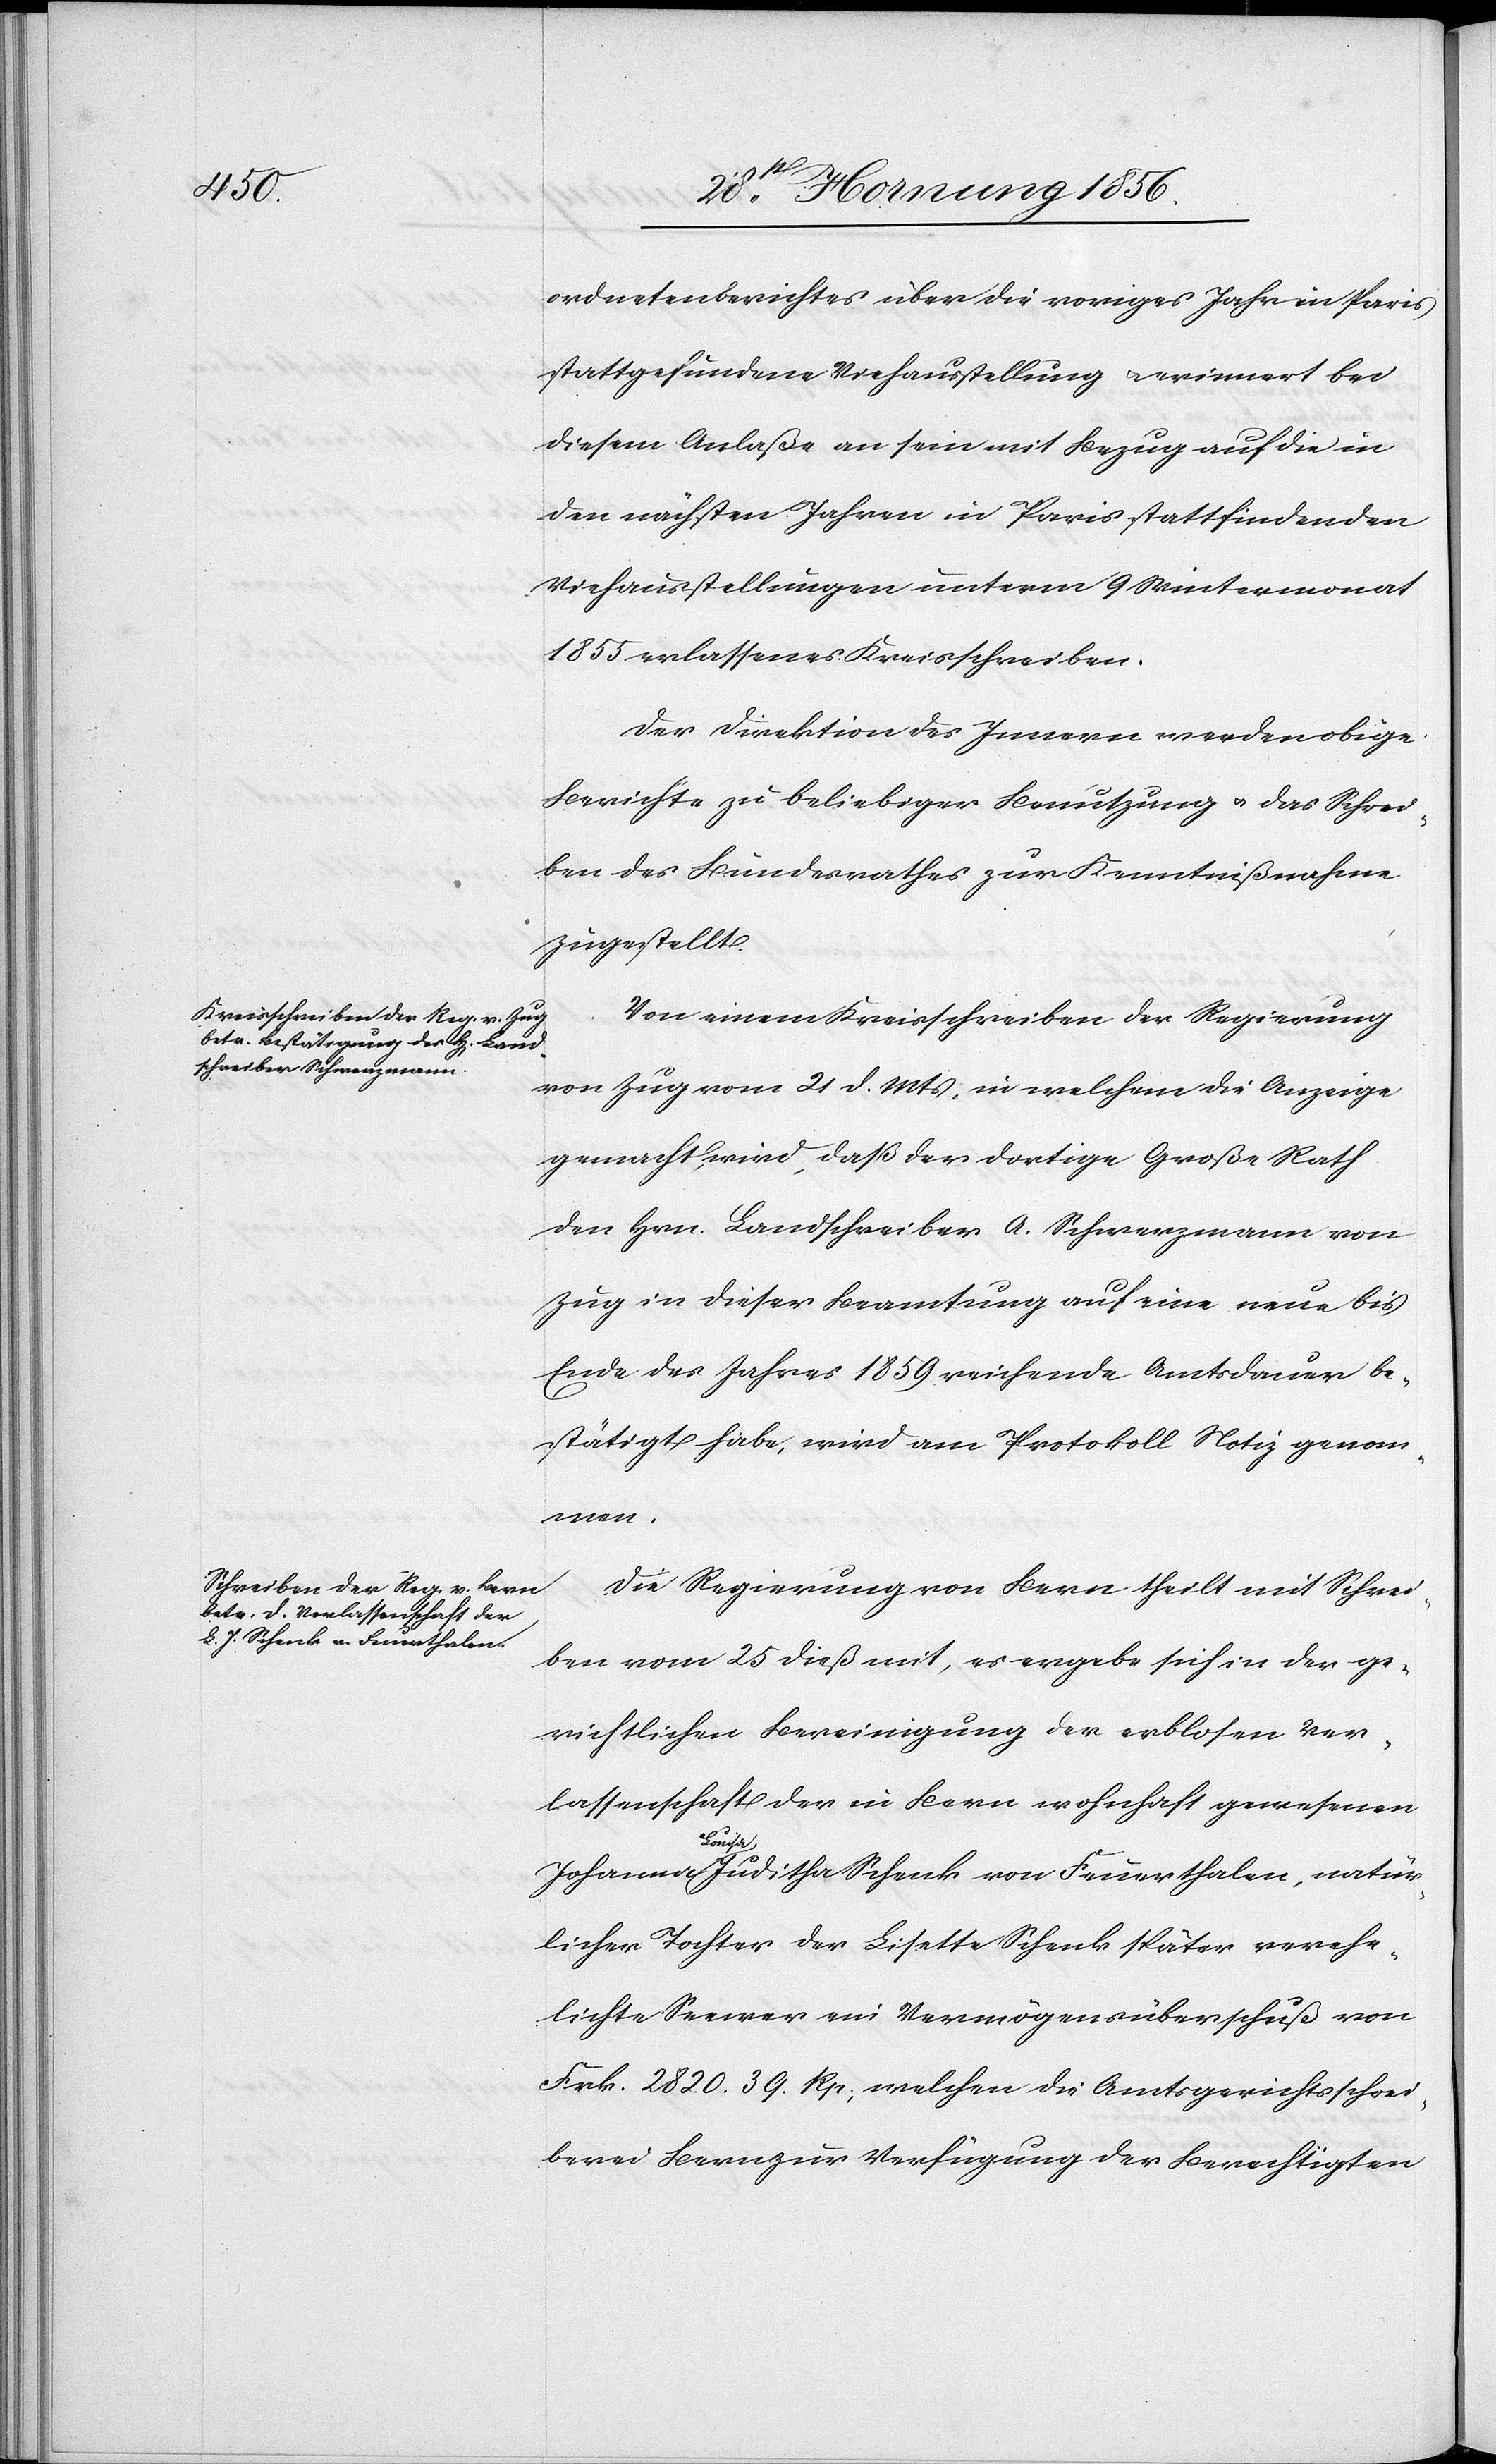
ordnetenberichtes über die voriges Jahr in Paris
stattgefundene Viehausstellung u. erinnert bei
diesem Anlaße an sein mit Bezug auf die in
den nächsten Jahren in Paris stattfindenden
Viehausstellungen unterm 9 Wintermonat
1855 erlassenes Kreisschreiben.
Der Direktion des Innern werden obige
Berichte zu beliebiger Benutzung u. das Schrei¬
ben des Bundesrathes zur Kenntnißnahme
zugestellt.
Von einem Kreisschreiben der Regierung
von Zug vom 21 d. Mts. in welchem die Anzeige
gemacht wird, daß der dortige Große Rath
den Hrn. Landschreiber A. Schwerzmann von
Zug in dieser Beamtung auf eine neue bis
Ende des Jahres 1859 reichende Amtsdauer be¬
stätigt habe, wird am Protokoll Notiz genom¬
men.
Die Regierung von Bern theilt mit Schrei¬
ben vom 25 dieß mit, es ergebe sich in der ge¬
richtlichen Bereinigung der erblosen Ver¬
lassenschaft der in Bern wohnhaft gewesenen
a-Loui¬
sa-a Juditha Schenk von Feuerthalen, natür¬
licher Tochter der Lisette Schenk später verehe¬
lichte Seewer ein Vermögenssüberschuß von
Frk. 2820. 39 Rp., welchen die Amtsgerichtsschrei¬
berei Bern zur Verfügung der Berechtigten